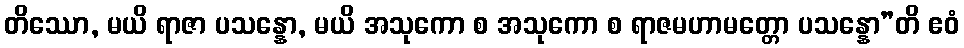
တိဿော, မယိ ရာဇာ ပသန္နော, မယိ အသုကော စ အသုကော စ ရာဇမဟာမတ္တော ပသန္နော”တိ ဧဝံ